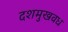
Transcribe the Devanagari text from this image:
दशमुखवध